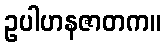
ဥပါဟနဇာတက။